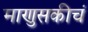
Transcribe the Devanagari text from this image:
माणुसकीचं